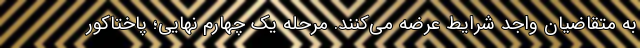
به متقاضیان واجد شرایط عرضه می‌کنند. مرحله یک چهارم نهایی؛ پاختاکور